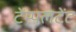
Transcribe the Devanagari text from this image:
टेंम्पलटेंट